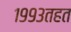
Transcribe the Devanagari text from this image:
१९९३तहत